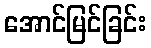
အောင်မြင်ခြင်း